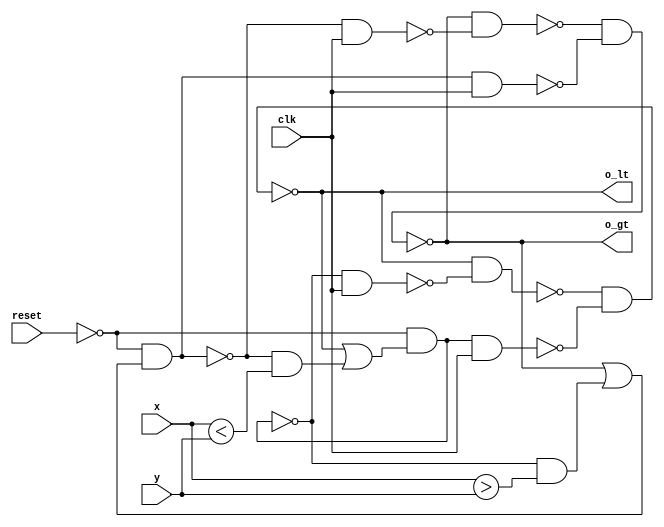
module sequential_comparator (
    input x,
    input y,
    input reset,
    input clk,
    output o_gt,
    output o_lt
);
    wire o_gt_not, o_lt_not, i_gt, i_lt;
    // Create the flip flops
    assign o_gt = ~(o_gt_not & ~(i_gt & clk));
    assign o_gt_not = ~(o_gt & ~(~i_gt & clk));
    assign o_lt = ~(o_lt_not & ~(i_lt & clk));
    assign o_lt_not = ~(o_lt & ~(~i_lt & clk));
    // Assign the inputs of flop flops
    assign i_gt = (~reset) & (o_gt | ((~i_lt) & (x > y)));
    assign i_lt = (~reset) & (o_lt | ((~i_gt) & (x < y)));
endmodule